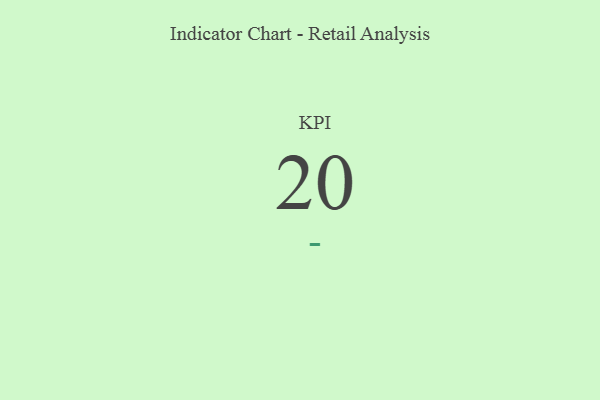
{"axis": {"x": "KPI", "y": "Value"}, "legend": [""], "data": [{"x": "KPI", "y": 20, "type": ""}]}